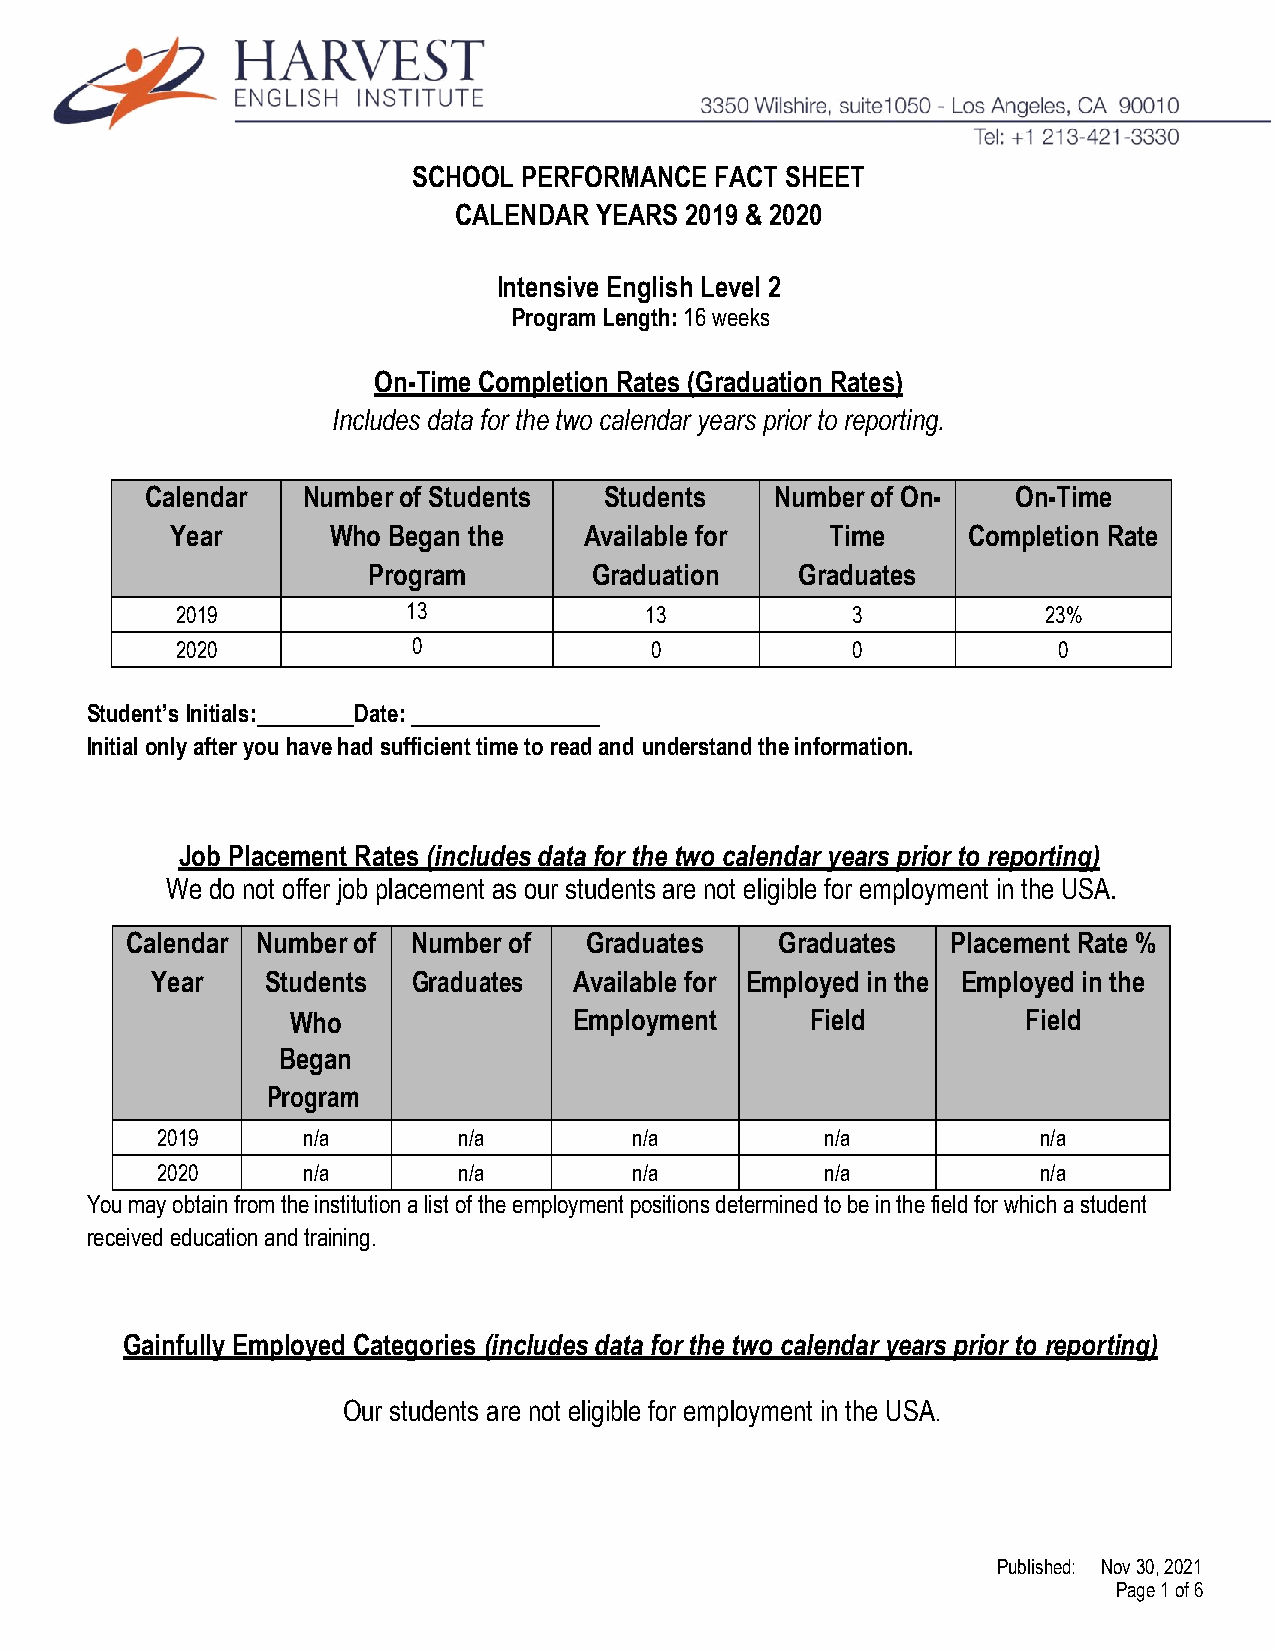
SCHOOL  PERFORMANCE FACT SHEET
 CALENDAR YEARS 2019 & 2020
 Intensive English Level 2
 Program Length: 16 weeks
 On-Time Completion Rates (Graduation Rates)
 Includes data for the two calendar years prior to reporting.
 Calendar  Number of Students  Students   Number of On-   On-Time
 Year       Who Began the    Available for   Time     Completion Rate
 Program        Graduation    Graduates
 2019           13              13           3            23%
 2020           0               0            0             0
 Student’s Initials: Date:
 Initial only after you have had sufficient time to read and understand the information.
 Job Placement Rates (includes data for the two calendar years prior to reporting)
 We do not offer job placement as our students are not eligible for employment in the USA.
 Calendar Number of Number of   Graduates    Graduates  Placement Rate %
 Year    Students Graduates  Available for Employed in the Employed in the
 Who                Employment      Field         Field
 Began
 Program
 2019      n/a       n/a         n/a          n/a           n/a
 2020      n/a       n/a         n/a          n/a           n/a
 You may obtain from the institution a list of the employment positions determined to be in the field for which a student
 received education and training.
 Gainfully Employed Categories (includes data for the two calendar years prior to reporting)
 Our students are not eligible for employment in the USA.
 Published: Nov 30, 2021
 Page 1 of 6